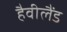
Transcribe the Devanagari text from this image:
हैवीलैंड